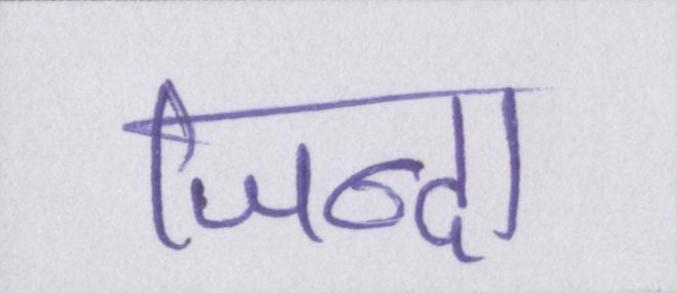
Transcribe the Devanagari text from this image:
जिन्दा